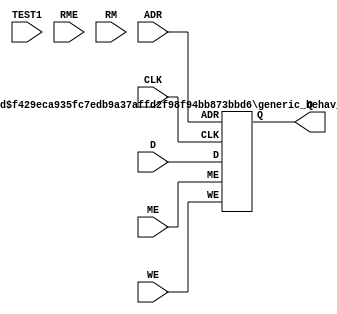
//---------------------------------------------------------------------
//               Copyright(c) Synopsys, Inc.                           
//     All Rights reserved - Unpublished -rights reserved under        
//     the Copyright laws of the United States of America.             
//                                                                     
//  U.S. Patents: 7,093,156 B1 and 7,406,620 B2 (and more pending).    
//                                                                     
//  This file includes the Confidential information of Synopsys, Inc.  
//  and Huali.                                                         
//  The receiver of this Confidential Information shall not disclose   
//  it to any third party and shall protect its confidentiality by     
//  using the same degree of care, but not less than a reasonable      
//  degree of care, as the receiver uses to protect receiver's own     
//  Confidential Information.                                          
//  Licensee acknowledges and agrees that all output generated for     
//  Licensee by Synopsys, Inc. as described in the pertinent Program   
//  Schedule(s), or generated by Licensee through use of any Compiler  
//  licensed hereunder contains information that complies with the     
//  Virtual Component Identification Physical Tagging Standard (VCID)  
//  as maintained by the Virtual Socket Interface Alliance (VSIA).     
//  Such information may be expressed in GDSII Layer 63 or other such  
//  layer designated by the VSIA, hardware definition languages, or    
//  other formats.  Licensee is not authorized to alter or change any  
//  such information.                                                  
//---------------------------------------------------------------------
//                                                                     
//  Built for linux64 and running on linux64.                          
//                                                                     
//  Software           : Rev: S-2021.12                                
//  Library Format     : Rev: 1.05.00                                  
//  Compiler Name      : hu55npkb1p11sadsl512sa05                      
//  Platform           : Linux3.10.0-1160.49.1.el7.x86_64              
//                     : #1 SMP Tue Nov 30 15:51:32 UTC 2021x86_64     
//  Date of Generation : Thu Mar 24 10:21:08 CST 2022                  
//                                                                     
//---------------------------------------------------------------------
//   --------------------------------------------------------------     
//                       Template Revision : 3.6.3                      
//   --------------------------------------------------------------     
//                      * Synchronous, 1-Port SRAM *                  
//                      * Verilog Behavioral Model *                  
//                THIS IS A SYNCHRONOUS 1-PORT MEMORY MODEL           
//                                                                    
//   Memory Name:sadslspkb1p24x64m4b1w0cp0d0t0                        
//   Memory Size:24 words x 64 bits                                   
//                                                                    
//                               PORT NAME                            
//                               ---------                            
//               Output Ports                                         
//                                   Q[63:0]                          
//               Input Ports:                                         
//                                   ADR[4:0]                         
//                                   D[63:0]                          
//                                   WE                               
//                                   ME                               
//                                   CLK                              
//                                   TEST1                            
//                                   RME                              
//                                   RM[3:0]                          
// -------------------------------------------------------------------- 
`resetall 
`timescale 1 ns / 1 ps 
`celldefine 
`ifdef verifault // for fault simulation purpose 
`suppress_faults 
`enable_portfaults 
`endif 

`define True    1'b1
`define False   1'b0

module sadslspkb1p24x64m4b1w0cp0d0t0 ( Q, ADR, D, WE, ME, CLK, TEST1, RME, RM);

// Input/Output Ports Declaration
output  [63:0] Q;
input  [4:0] ADR;
input  [63:0] D;
input WE;
input ME;
input CLK;
input TEST1;
input RME;
input  [3:0] RM;


// Local registers, wires, etc
parameter PreloadFilename = "init.file";
`ifdef MEM_CHECK_OFF
parameter MES_ALL = "OFF";
`else
parameter MES_ALL = "ON";
`endif


wire [63:0] Q_tmp;
reg  [63:0] Q_reg;

always @(Q_tmp)
begin
  Q_reg <= Q_tmp;
end

assign Q = Q_reg;

generic_behav_sadslspkb1p24x64m4b1w0cp0d0t0 #( PreloadFilename, MES_ALL) u0 ( .Q(Q_tmp), .ADR(ADR), .D(D), .WE(WE), .ME(ME), .CLK(CLK) );

endmodule

`endcelldefine 
`ifdef verifault 
`disable_portfaults 
`nosuppress_faults 
`endif 


module generic_behav_sadslspkb1p24x64m4b1w0cp0d0t0 (  Q, ADR, D, WE, ME, CLK );

parameter PreloadFilename = "init.file";
parameter MES_ALL = "ON";
parameter words = 24, bits = 64, addrbits = 5;

output [bits-1:0] Q;
input [addrbits-1:0] ADR;
input [bits-1:0] D;
input WE;
input ME;
input CLK;

reg [bits-1:0] Q;


reg flag_clk_valid;
reg mes_all_valid;

wire [1:0] ADR_valid;
reg [63:0] mem_core_array [0:23];

parameter DataX = { bits { 1'bx } };

// -------------------------------------------------------------------
// Common tasks
// -------------------------------------------------------------------

// Task to report unknown messages
task report_unknown;
input [8*5:1] signal;
begin
    if( MES_ALL=="ON" && $realtime != 0 && mes_all_valid )
    begin
      $display("<<%0s unknown>> at time=%t; instance=%m (RAMS1H)",signal,$realtime);
    end
end
endtask


task corrupt_all_loc;
 input flag_range_ok;
 integer addr_index;
 begin
  if( flag_range_ok == `True)
   begin
    for( addr_index = 0; addr_index < words; addr_index = addr_index + 1) begin
     mem_core_array[ addr_index] = DataX;
    end
   end
 end
endtask



initial 
begin
  flag_clk_valid = `False;
  mes_all_valid = 1'b0;
end 

assign ADR_valid = (( ^ADR === 1'bx ) ? 2'b01 : ( ( ADR > 5'b10111 ) ? 2'b10 : 2'b00 ));

always @ ( negedge CLK )
begin : blk_negedge_clk_0
  if ( CLK !== 1'bx )
  begin
    flag_clk_valid = `True;
  end // end if CLK != X
  else
  begin
    report_unknown("CLK");
    flag_clk_valid = `False;
    Q = DataX;
    corrupt_all_loc(`True);
  end // end of else of CLK != X
end // end of block blk_negedge_clk_0

always @ ( posedge CLK )
begin : blk_posedge_clk_0
  if ( flag_clk_valid )
  begin
    if ( CLK === 1'b1)
    begin
      if ( ME === 1'b1) 
      begin
        if ( WE === 1'b1) 
        begin
          WritePort;
        end // end of Write
        else if ( WE === 1'b0 )
        begin
          ReadPort;
        end // end of Read
        else
        begin
          report_unknown("WE");
          mem_core_array[ADR] = DataX;
          if ( ADR_valid === 2'b00 ) 
          begin
            Q = DataX;
          end // end of if ADR_valid = 2'b00
          else if ( ADR_valid === 2'b01 ) 
          begin
            Q = DataX;
            corrupt_all_loc(`True);
          end // end of else of ADR_valid = 2'b01
        end // end of else of WE = X
      end // end of ME = 1
      else
      begin
        if ( ME === 1'bx ) 
        begin
          report_unknown("ME");
          `ifdef virage_ignore_read_addrx
            if ( WE === 1'b1 )
            begin
              corrupt_all_loc(`True);
            end
            else
            begin
              Q = 64'bx;
            end
          `else
            begin
              corrupt_all_loc(`True);
              if ( WE === 1'b0 )
              begin
                Q = 64'bx;
              end
            end
          `endif
        end // end of if ME = X
      end // end of else of ME = 1
    end // end of if CLK = 1
    else 
    begin
      if ( CLK === 1'bx ) 
      begin
        report_unknown("CLK");
        Q = DataX;
        corrupt_all_loc(`True);
      end // end of if CLK = 1'bx
    end // end of else of CLK = 1
  end // end of if flag_clk_valid = 1
  else 
  begin
    Q = DataX;
    corrupt_all_loc(`True);
  end // end of else of flag_clk_valid = 1
end // end of block blk_posedge_clk_0

task WritePort;
begin : blk_WritePort
  if ( ADR_valid === 2'b00 )
  begin
    mem_core_array[ADR] = D;
    if ( !mes_all_valid )
       mes_all_valid = 1'b1;
    if ( ^D === 1'bx )
    begin
      report_unknown("D");
    end
  end // end of if ADR_valid = 2'b00
  else if (ADR_valid === 2'b10 )
  begin
    if ( MES_ALL == "ON" && $realtime != 0 && mes_all_valid )
    begin
      $display("<<WARNING:address is out of range\n RANGE:0 to 23>> at time=%t; instance=%m (RAMS1H)",$realtime);
    end // end of if mes_all_valid 
  end // end of else of ADR_valid = 2'b10
  else 
  begin
    report_unknown("ADR");
    corrupt_all_loc(`True);
  end // end of else of ADR_valid = 2'b01
end // end of block blk_WritePort
endtask

task ReadPort;
begin : blk_ReadPort
  if ( ADR_valid === 2'b00 )
  begin
    Q = mem_core_array[ADR];
  end // end of if ADR_valid = 2'b00
  else if ( ADR_valid === 2'b10 )
  begin
    Q = DataX;
    if ( MES_ALL == "ON" && $realtime != 0 && mes_all_valid )
    begin
      $display("<<WARNING:address is out of range\n RANGE:0 to 23>> at time=%t; instance=%m (RAMS1H)",$realtime);
    end // end of if mes_all_valid
  end // end of else of ADR_valid = 2'b10
  else 
  begin
    report_unknown("ADR");
    Q = DataX;
    `ifdef virage_ignore_read_addrx
      if ( WE === 1'b1 )
        corrupt_all_loc(`True);
    `else
        corrupt_all_loc(`True);
    `endif
  end // end of else of ADR_valid = 2'b01
end // end of block blk_ReadPort
endtask

endmodule